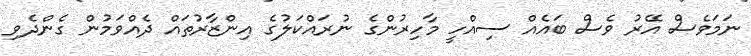
ނަމަވެސް އޭރު ވެސް ބައެއް ސިއްހީ މާހިރުންގެ ނުރައްކަލުގެ އިންޒާރުތައް ދެއްވަމުން ގެންދެވި